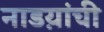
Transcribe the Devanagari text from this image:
नाडय़ांची